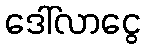
ဒေါ်လာငွေ